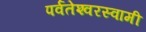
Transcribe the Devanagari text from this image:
पर्वतेश्‍वरस्वामी